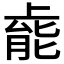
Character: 𫠹